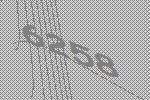
6258